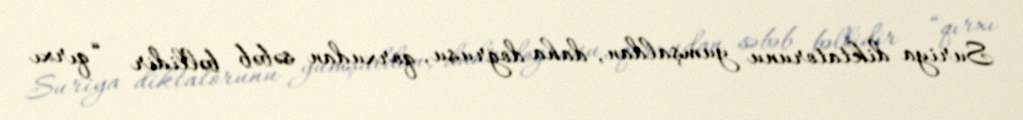
Suriya diktatorunu yumşaldan, daha doğrusu, qorxudan səbəb bəllidir - “qırxı